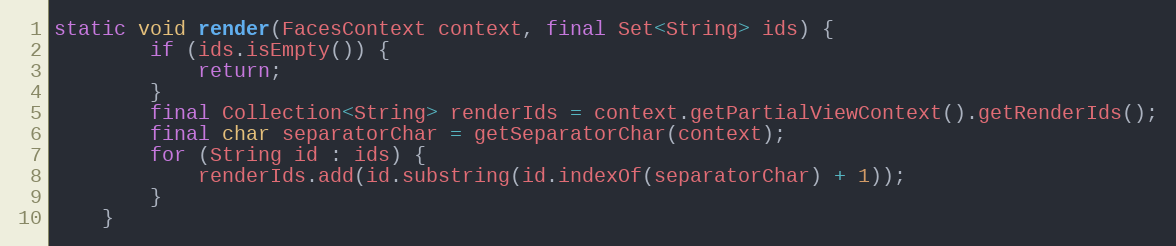
Language: Java
static void render(FacesContext context, final Set<String> ids) {
        if (ids.isEmpty()) {
            return;
        }
        final Collection<String> renderIds = context.getPartialViewContext().getRenderIds();
        final char separatorChar = getSeparatorChar(context);
        for (String id : ids) {
            renderIds.add(id.substring(id.indexOf(separatorChar) + 1));
        }
    }